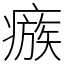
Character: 瘯